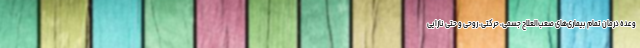
وعده درمان تمام بیماری‌های صعب‌العلاج جسمی، حرکتی، روحی و حتی نازایی